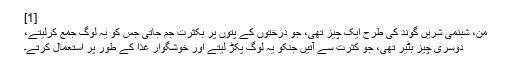
[1]
مَنّ، شبنمی شریں گوند کی طرح ایک چیز تھی، جو درختوں کے پتوں پر بکثرت جم جاتی جس کو یہ لوگ جمع کرلیتے،
دوسری چیز بٹیر تھی، جو کثرت سے آتیں جنکو یہ لوگ پکڑ لیتے اور خوشگوار غذا کے طور پر استعمال کرتے۔